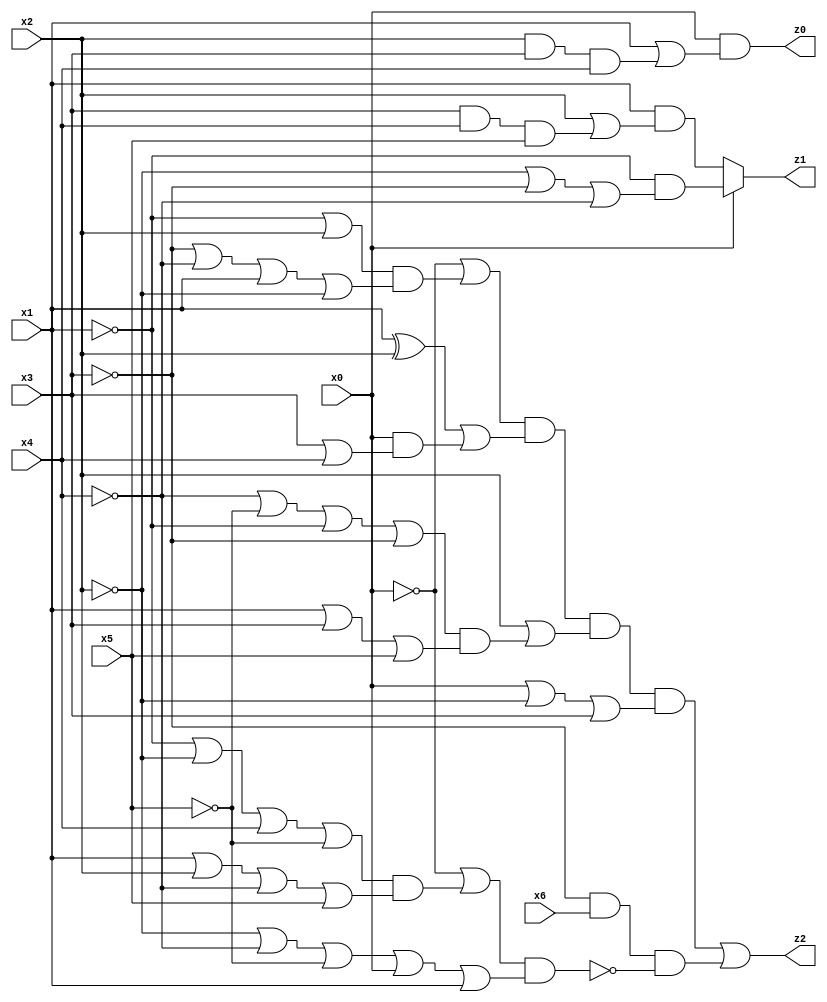
// Benchmark "quot_res" written by ABC on Mon Jul 03 19:33:53 2023

module quot_res ( 
    x0, x1, x2, x3, x4, x5, x6,
    z0, z1, z2  );
  input  x0, x1, x2, x3, x4, x5, x6;
  output z0, z1, z2;
  wire n14, n15;
  assign z0 = x0 & (x1 | (x2 & x3 & x4));
  assign z1 = x0 ? (~x1 & (~x2 | ~x3 | ~x4)) : (x1 & (x2 | (x3 & x4 & x5)));
  assign z2 = n14 | (~x3 & x6 & ~n15);
  assign n14 = (~x0 | ((~x1 | x2) & (~x3 | ~x4 | x1 | ~x2))) & ((x1 ^ x2) | (x0 & (x3 | x4))) & (x2 | ((~x4 | ~x5 | ~x1 | ~x3) & (x1 | x3 | x5))) & (x0 | ~x2 | x3);
  assign n15 = (~x0 | ((~x1 | ~x2 | x4 | ~x5) & (x1 | x2 | ~x4 | x5))) & (~x2 | ~x4 | ~x5 | x0 | x1);
endmodule